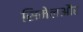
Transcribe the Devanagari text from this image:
सिमेलऔर